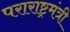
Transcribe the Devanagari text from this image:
पराराष्ट्रमंत्री